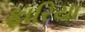
ફારિયા